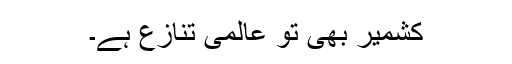
کشمیر بھی تو عالمی تنازع ہے۔